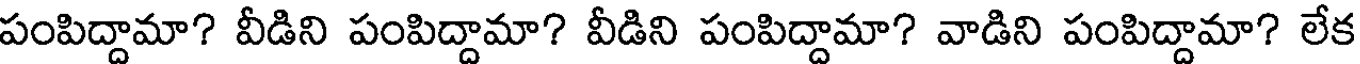
పంపిద్దామా? వీడిని పంపిద్దామా? వీడిని పంపిద్దామా? వాడిని పంపిద్దామా? లేక